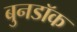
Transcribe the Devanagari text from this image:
बुनडॉक